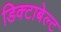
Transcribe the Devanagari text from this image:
डिक्टाबेल्ट